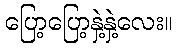
ပြော့ပြော့နှဲ့နှဲ့လေး။